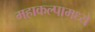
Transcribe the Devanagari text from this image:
महाकल्पामध्ये